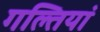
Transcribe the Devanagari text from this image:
गल्तियां